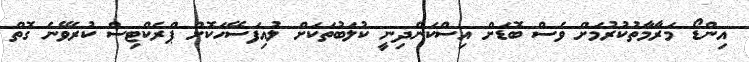
އިންޑޯ މަރާމާތުކުރުމަށް ވެސް ބޮޑަށް އިސްކަންދިނީ ކުލަބުތަކަށް ލުއިފަސޭހަކޮށް ޕްރެކްޓިސް ކުރެވޭނެ ގޮތް